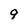
Character: 9